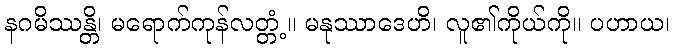
နဂမိဿန္တိ၊ မရောက်ကုန်လတ္တံ့။ မနုဿာဒေဟိ၊ လူ၏ကိုယ်ကို။ ပဟာယ၊